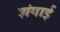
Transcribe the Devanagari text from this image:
शंगाई